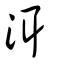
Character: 洱